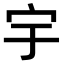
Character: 宇